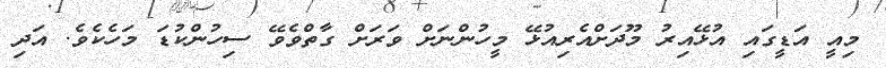
މިއީ އަޑީގައި އުޅޭއިރު މޫދަށްއެރިއުޅޭ މީހުންނަށް ވަރަށް ގާތްވެވޭ ސިހުންކުޑަ މަހެކެވެ. އަދި